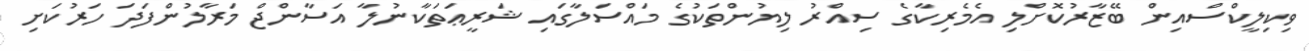
ވިކިލީކްސްއިން ބޭޒާރުކޮށްލި އެމެރިކާގެ ސިއްރު ލިޔުންތަކުގެ މައްސަލާގައި ޝަރީޢަތަކާނުލާ އަސާންޖް މަރާލުންފަދަ ހަރުކަށި